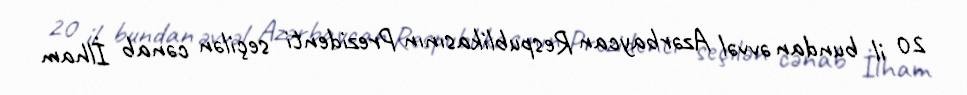
20 il bundan əvvəl Azərbaycan Respublikasının Prezidenti seçilən cənab İlham